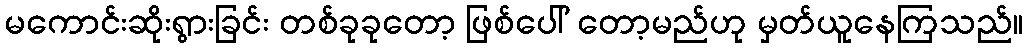
မကောင်းဆိုးရွားခြင်း တစ်ခုခုတော့ ဖြစ်ပေါ် တော့မည်ဟု မှတ်ယူနေကြသည်။